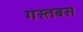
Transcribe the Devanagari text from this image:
गस्तबस